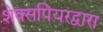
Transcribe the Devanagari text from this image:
शेक्सपियरद्वारा